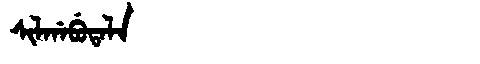
Manchu: ᠰᡳᠯᡤᠠᠪᡠᡨᠠᠯᠠ
Romanization: SILGABUTALA